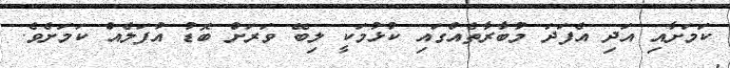
ކަމަށާއި އަދި އެފަދަ މުބާރާތެއްގައި ކުޅުމަކީ ލިބޭ ވަރަށް ބޮޑު އުފަލެއް ކަމަށެވެ.